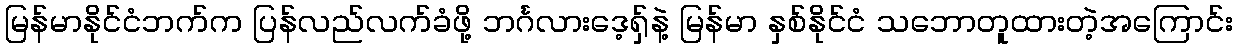
မြန်မာနိုင်ငံဘက်က ပြန်လည်လက်ခံဖို့ ဘင်္ဂလားဒေ့ရှ်နဲ့ မြန်မာ နှစ်နိုင်ငံ သဘောတူထားတဲ့အကြောင်း